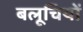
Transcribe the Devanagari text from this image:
बलूचियों